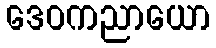
ဒေဝကညာယော